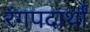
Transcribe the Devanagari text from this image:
रंगपदार्थां